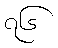
၇၆